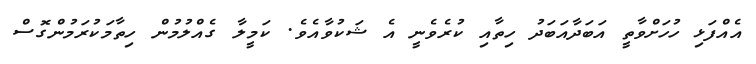
އެއްފަޅި ހުހަށްވާތީ އަބަދާއަބަދު ހިތާއި ކުރެވެނީ އެ ޝަކުވާއެވެ. ކަމީލާ ގެއްލުމުން ހިތާމަކުރަމުންގޮސް